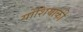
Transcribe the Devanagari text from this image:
योशियाकी